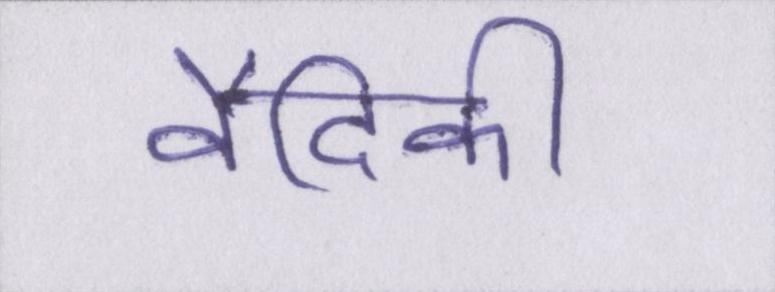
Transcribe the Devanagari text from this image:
वैदिकी